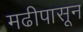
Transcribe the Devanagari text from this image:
मढीपासून